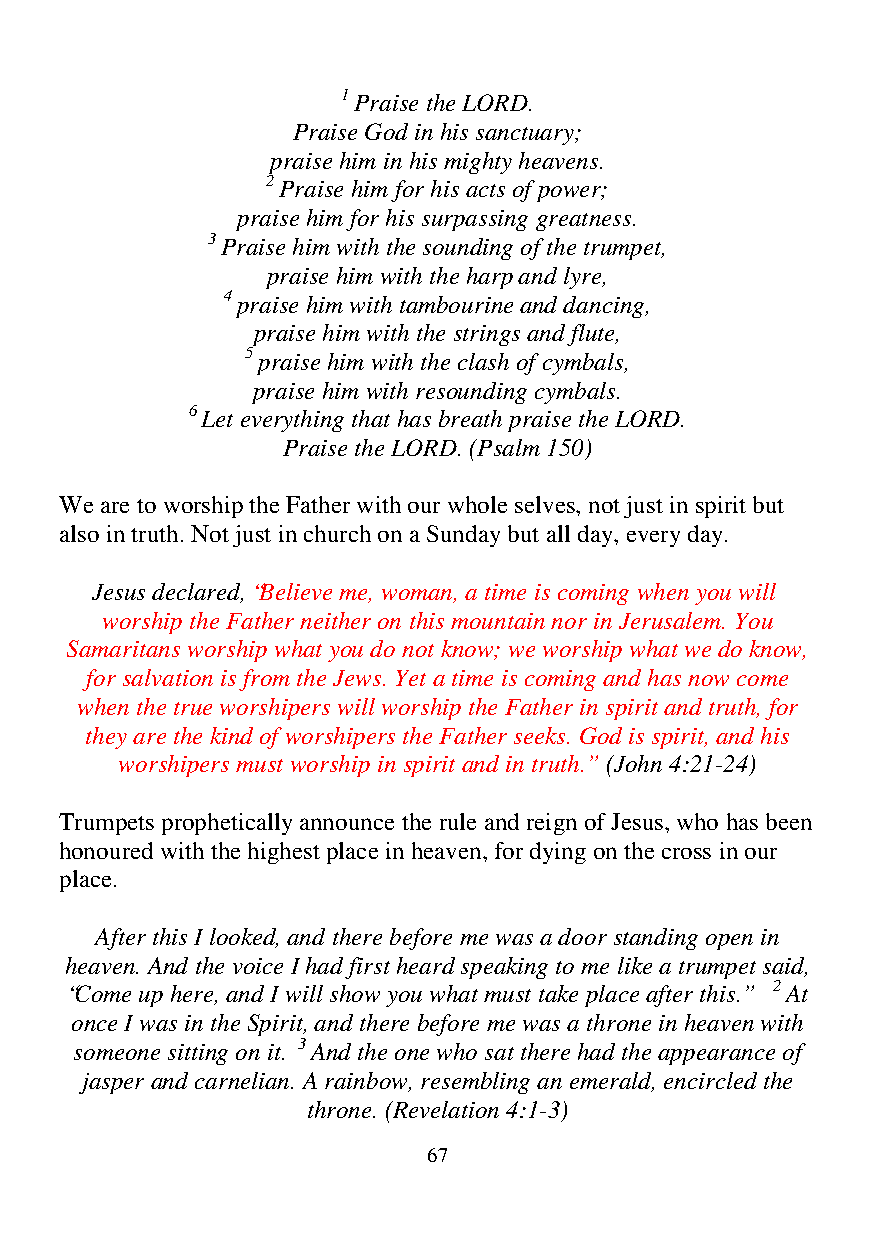
1 Praise the LORD.
 Praise God in his sanctuary;
 praise him in his mighty heavens.
 2 Praise him for his acts of power;
 praise him for his surpassing greatness.
 3 Praise him with the sounding of the trumpet,
 praise him with the harp and lyre,
 4 praise him with tambourine and dancing,
 praise him with the strings and flute,
 5 praise him with the clash of cymbals,
 praise him with resounding cymbals.
 6 Let everything that has breath praise the LORD.
 Praise the LORD. (Psalm 150)
 We are to worship the Father with our whole selves, not just in spirit but
 also in truth. Not just in church on a Sunday but all day, every day.
 Jesus declared, “Believe me, woman, a time is coming when you will
 worship the Father neither on this mountain nor in Jerusalem. You
 Samaritans worship what you do not know; we worship what we do know,
 for salvation is from the Jews. Yet a time is coming and has now come
 when the true worshipers will worship the Father in spirit and truth, for
 they are the kind of worshipers the Father seeks. God is spirit, and his
 worshipers must worship in spirit and in truth.” (John 4:21-24)
 Trumpets prophetically announce the rule and reign of Jesus, who has been
 honoured with the highest place in heaven, for dying on the cross in our
 place.
 After this I looked, and there before me was a door standing open in
 heaven. And the voice I had first heard speaking to me like a trumpet said,
 “Come up here, and I will show you what must take place after this.” 2 At
 once I was in the Spirit, and there before me was a throne in heaven with
 someone sitting on it. 3 And the one who sat there had the appearance of
 jasper and carnelian. A rainbow, resembling an emerald, encircled the
 throne. (Revelation 4:1-3)
 67